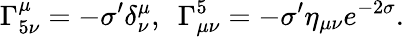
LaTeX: \Gamma_{5\nu}^{\mu}=-\sigma^{\prime}\delta_{\nu}^{\mu},~~\Gamma_{\mu\nu}^{5}=-\sigma^{\prime}\eta_{\mu\nu}e^{-2\sigma}.